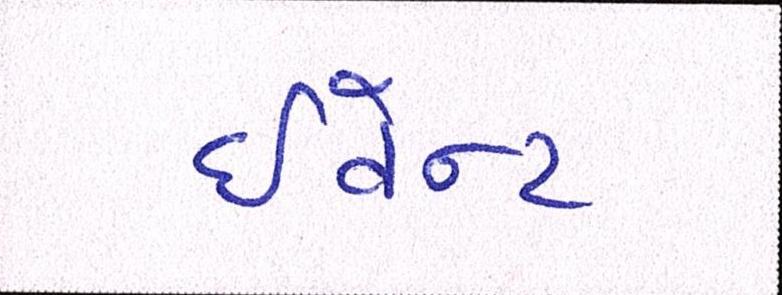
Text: ઈવેન્ટ